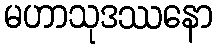
မဟာသုဒဿနော